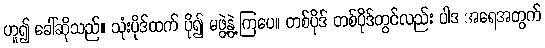
ဟူ၍ ခေါ်ဆိုသည်။ သုံးပိုဒ်ထက် ပို၍ မဖွဲ့နွဲ့ကြပေ။ တစ်ပိုဒ် တစ်ပိုဒ်တွင်လည်း ပါဒ အရေအတွက်